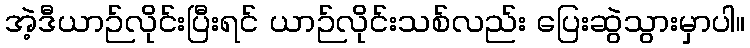
အဲ့ဒီယာဉ်လိုင်းပြီးရင် ယာဉ်လိုင်းသစ်လည်း ပြေးဆွဲသွားမှာပါ။